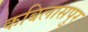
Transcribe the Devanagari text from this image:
कबिलासपुर